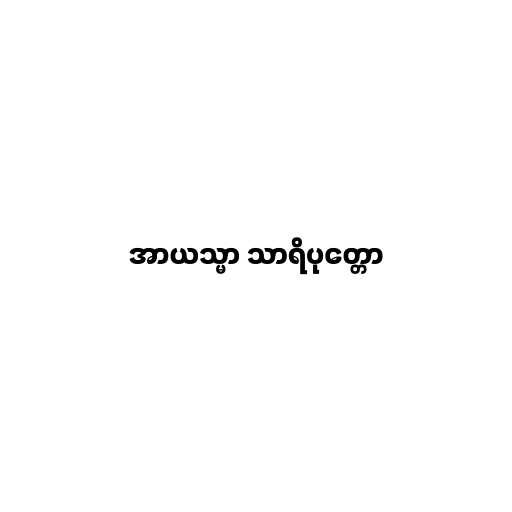
အာယသ္မာ သာရိပုတ္တော